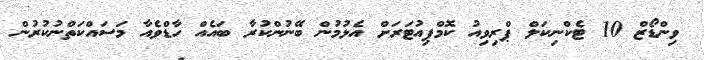
ވިންޑޯޒް 10 ޓެކްނިކަލް ޕްރިވިއު ކޮމްޕިއުޓަރަށް އެޅުމުން ބޭނުންކުރާ ބައެއް ހާޑްވެއާ މަސައްކަތްނުކުރުން